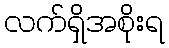
လက်ရှိအစိုးရ